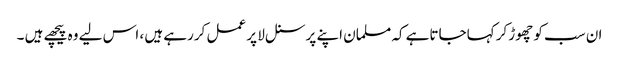
ان سب کو چھوڑ کر کہاجاتاہے کہ مسلمان اپنے پرسنل لا پر عمل کررہے ہیں ، اس لیے وہ پیچھے ہیں ۔